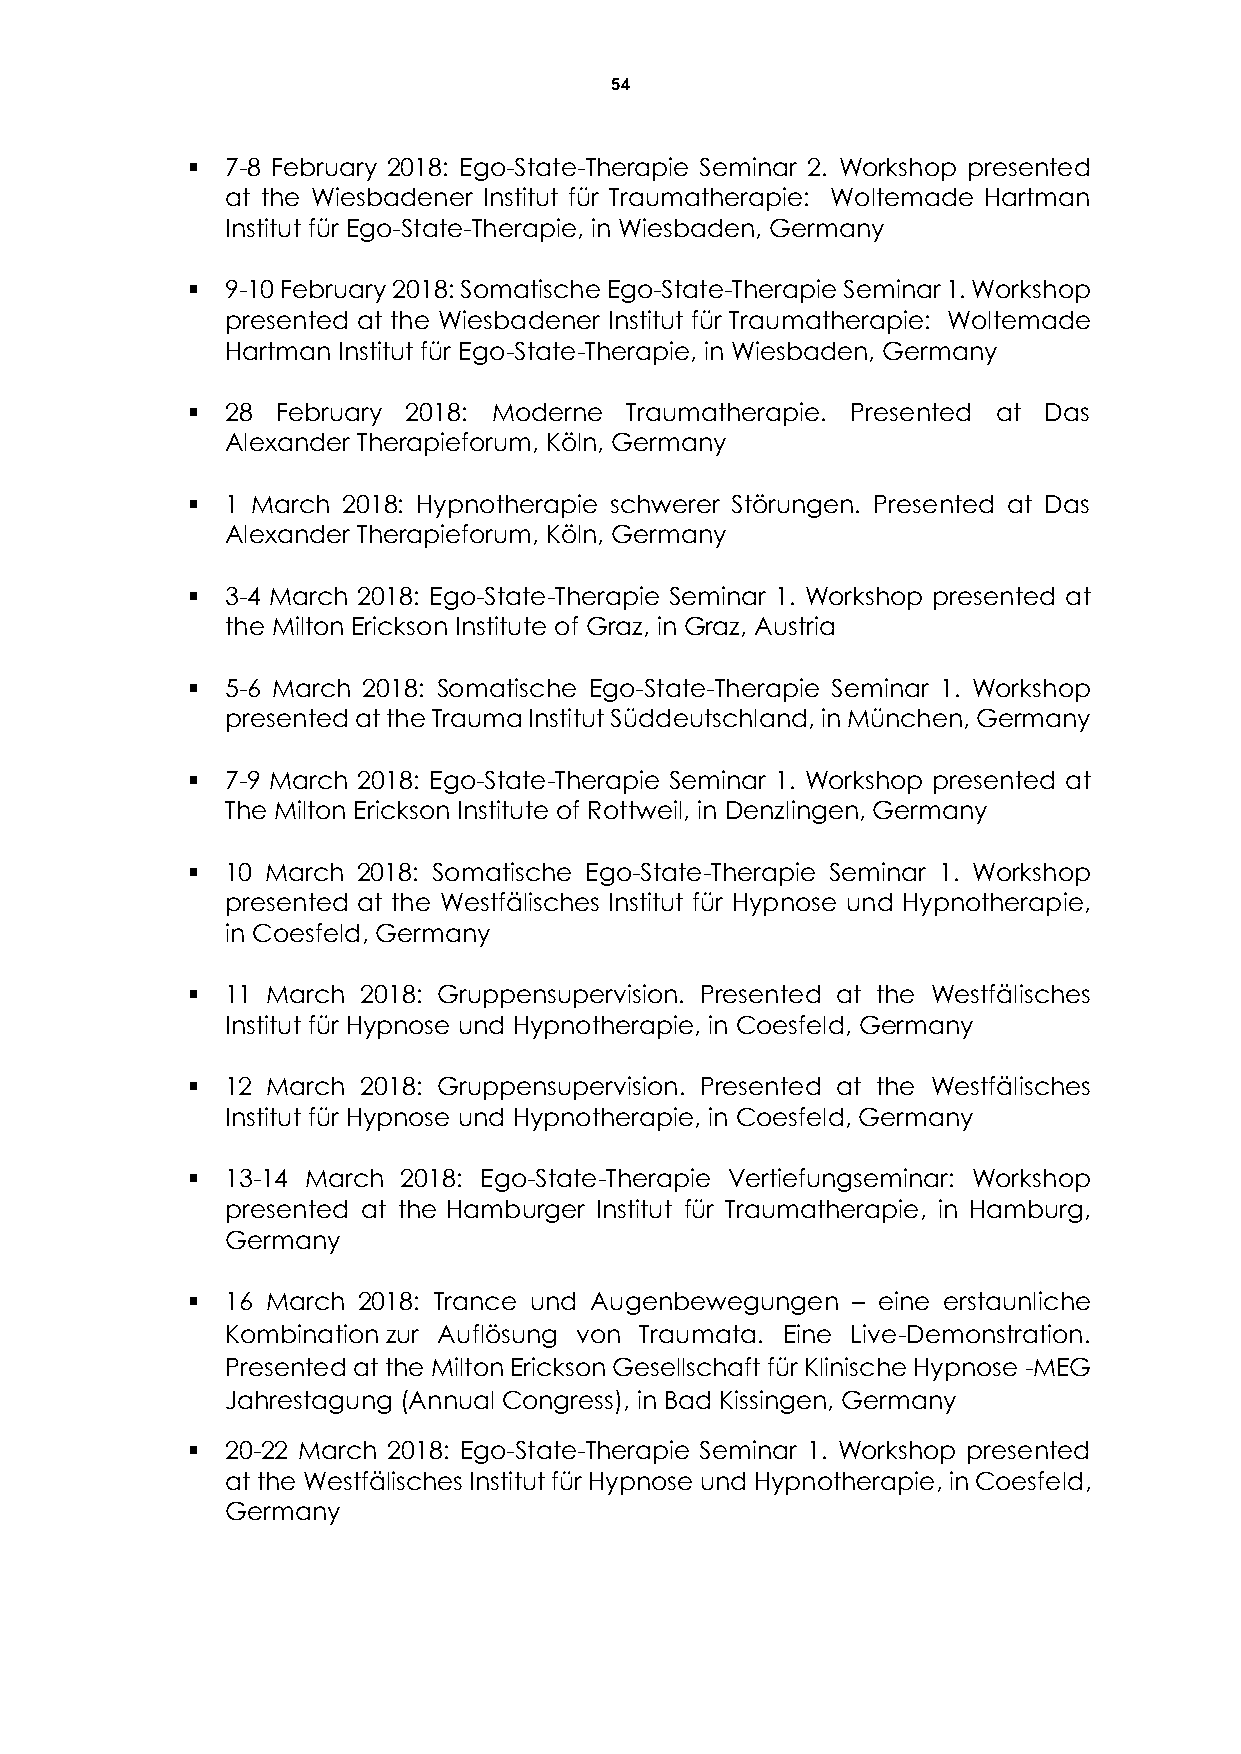
54
   7-8 February 2018: Ego-State-Therapie Seminar 2. Workshop presented
 at the Wiesbadener Institut für Traumatherapie: Woltemade Hartman
 Institut für Ego-State-Therapie, in Wiesbaden, Germany
   9-10 February 2018: Somatische Ego-State-Therapie Seminar 1. Workshop
 presented at the Wiesbadener Institut für Traumatherapie: Woltemade
 Hartman Institut für Ego-State-Therapie, in Wiesbaden, Germany
   28 February 2018: Moderne Traumatherapie. Presented at Das
 Alexander Therapieforum, Köln, Germany
   1 March 2018: Hypnotherapie schwerer Störungen. Presented at Das
 Alexander Therapieforum, Köln, Germany
   3-4 March 2018: Ego-State-Therapie Seminar 1. Workshop presented at
 the Milton Erickson Institute of Graz, in Graz, Austria
   5-6 March 2018: Somatische Ego-State-Therapie Seminar 1. Workshop
 presented at the Trauma Institut Süddeutschland, in München, Germany
   7-9 March 2018: Ego-State-Therapie Seminar 1. Workshop presented at
 The Milton Erickson Institute of Rottweil, in Denzlingen, Germany
   10 March 2018: Somatische Ego-State-Therapie Seminar 1. Workshop
 presented at the Westfälisches Institut für Hypnose und Hypnotherapie,
 in Coesfeld, Germany
   11 March 2018: Gruppensupervision. Presented at the Westfälisches
 Institut für Hypnose und Hypnotherapie, in Coesfeld, Germany
   12 March 2018: Gruppensupervision. Presented at the Westfälisches
 Institut für Hypnose und Hypnotherapie, in Coesfeld, Germany
   13-14 March 2018: Ego-State-Therapie Vertiefungseminar: Workshop
 presented at the Hamburger Institut für Traumatherapie, in Hamburg,
 Germany
   16 March 2018: Trance und Augenbewegungen – eine erstaunliche
 Kombination zur Auflösung von Traumata. Eine Live-Demonstration.
 Presented at the Milton Erickson Gesellschaft für Klinische Hypnose -MEG
 Jahrestagung (Annual Congress), in Bad Kissingen, Germany
   20-22 March 2018: Ego-State-Therapie Seminar 1. Workshop presented
 at the Westfälisches Institut für Hypnose und Hypnotherapie, in Coesfeld,
 Germany